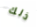
ذلك